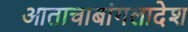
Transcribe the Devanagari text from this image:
आताचाबांगलादेश